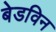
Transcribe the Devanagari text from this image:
बेडविन